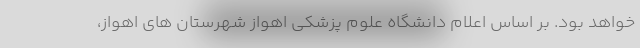
خواهد بود. بر اساس اعلام دانشگاه علوم پزشکی اهواز شهرستان های اهواز،